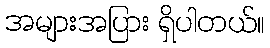
အများအပြား ရှိပါတယ်။